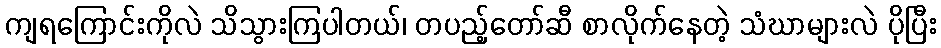
ကျရကြောင်းကိုလဲ သိသွားကြပါတယ်၊ တပည့်တော်ဆီ စာလိုက်နေတဲ့ သံဃာများလဲ ပိုပြီး